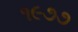
૧૯૭૭